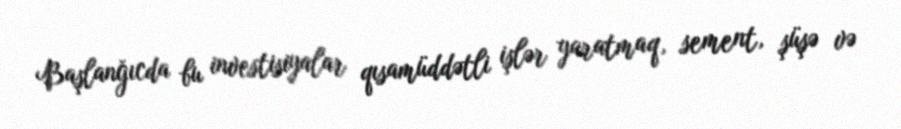
Başlanğıcda bu investisiyalar qısamüddətli işlər yaratmaq, sement, şüşə və